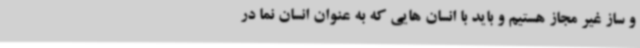
و ساز غیر مجاز هستیم و باید با انسان هایی که به عنوان انسان نما در